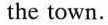
the town.